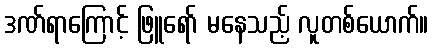
ဒဏ်ရာကြောင့် ဖြူရော် မနေသည့် လူတစ်ယောက်။